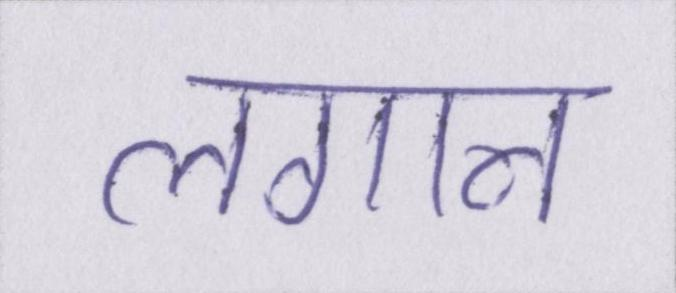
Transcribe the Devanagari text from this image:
लगान